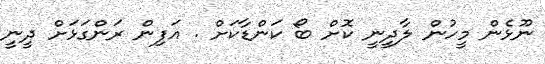
ނޫޅެން މީހުން ލާދީނީ ކޮށް ބޯ ކަންޑާކަށް . އަފިން ރަންގަޅަށް ދީނީ